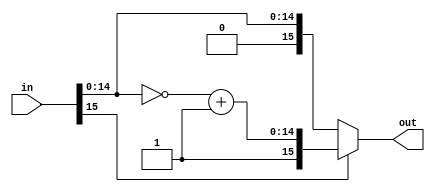
// Code your design here
`timescale 1ns/1ps
//`default_nettype none

/******************************************** twos complemement***********/

module twos_complement(in,out);
  input [15:0] in;
  output [15:0] out;
  reg signed [15:0] out;
  reg signed [14:0] y;

  always @* begin
    if(in[15]==1'b1) begin
      y = ~(in)+1'b1;
      out = {1'b1,y};
    end
    else begin
      out = in;
    end
  end

endmodule


/********************************************inverse twos complemement***********/

module inv_two(in ,out);
    input [15:0] in;
  output [15:0] out;
  wire signed [15:0] in;
  reg [14:0] y;
  reg [15:0] out;

  always @* begin
  if (in[15]==1) begin
    y = in-1;
    out = {1'b1,~y};
  end
  else begin
    out = in;
  end
  end

endmodule

/********************************************to show value in decimal value***********/
// module show_decimal_value(
//     in0_real, in0_imag, in1_real, in1_imag, in2_real, in2_imag, in3_real, in3_imag, in4_real, in4_imag, in5_real, in5_imag, in6_real, in6_imag, in7_real, in7_imag
// );
    
//     input [15:0] in0_real, in0_imag, in1_real, in1_imag, in2_real, in2_imag, in3_real, in3_imag, in4_real, in4_imag, in5_real, in5_imag, in6_real, in6_imag, in7_real, in7_imag;
//     //output [15:0] out0_real, out0_imag, out1_real, out1_imag, out2_real, out2_imag, out3_real, out3_imag, out4_real, out4_imag, out5_real, out5_imag, out6_real, out6_imag, out7_real, out7_imag;
//   reg signed [15:0] out0_real<=in0_real;
//   reg signed [15:0] out1_real<=in1_real;
//   reg signed [15:0] out2_real<=in2_real;
//   reg signed [15:0] out3_real<=in3_real; 
//   reg signed [15:0] out4_real<=in4_real;
//   reg signed [15:0] out5_real<=in5_real;
//   reg signed [15:0] out6_real<=in6_real;
//   reg signed [15:0] out7_real<=in7_real;
							 
//   reg signed [15:0] out0_imag<=in0_imag; 
//   reg signed [15:0] out1_imag<=in1_imag; 
//   reg signed [15:0] out2_imag<=in2_imag; 
//   reg signed [15:0] out3_imag<=in3_imag; 
//   reg signed [15:0] out4_imag<=in4_imag; 
//   reg signed [15:0] out5_imag<=in5_imag; 
//   reg signed [15:0] out6_imag<=in6_imag; 
//   reg signed [15:0] out7_imag<=in7_imag; 



//     initial begin
//      $display("real part =%f and imaginary part=(%f) ",out0_real*2.0**-8,out0_imag*2.0**-8);
// 	 $display("real part =%f and imaginary part=(%f) ",out1_real*2.0**-8,out1_imag*2.0**-8);
// 	 $display("real part =%f and imaginary part=(%f) ",out2_real*2.0**-8,out2_imag*2.0**-8);
// 	 $display("real part =%f and imaginary part=(%f) ",out3_real*2.0**-8,out3_imag*2.0**-8);
// 	 $display("real part =%f and imaginary part=(%f) ",out4_real*2.0**-8,out4_imag*2.0**-8);
// 	 $display("real part =%f and imaginary part=(%f) ",out5_real*2.0**-8,out5_imag*2.0**-8);
// 	 $display("real part =%f and imaginary part=(%f) ",out6_real*2.0**-8,out6_imag*2.0**-8);
// 	 $display("real part =%f and imaginary part=(%f) ",out7_real*2.0**-8,out7_imag*2.0**-8); 
//    end

// endmodule






/**************main code ***********/
module eight_point_fft(CLK, RST_N, in0_real, in0_imag, in1_real, in1_imag, in2_real, in2_imag, in3_real, in3_imag, in4_real, in4_imag, in5_real, in5_imag, in6_real, in6_imag, in7_real, in7_imag, out0_real, out0_imag, out1_real, out1_imag, out2_real, out2_imag, out3_real, out3_imag, out4_real, out4_imag, out5_real, out5_imag, out6_real, out6_imag, out7_real, out7_imag  ,write, start, ready);

input CLK, RST_N, write, start;
input [15:0] in0_real, in0_imag, in1_real, in1_imag, in2_real, in2_imag, in3_real, in3_imag, in4_real, in4_imag, in5_real, in5_imag, in6_real, in6_imag, in7_real, in7_imag;
output [15:0] out0_real, out0_imag, out1_real, out1_imag, out2_real, out2_imag, out3_real, out3_imag, out4_real, out4_imag, out5_real, out5_imag, out6_real, out6_imag, out7_real, out7_imag;
output ready;

reg ready;

wire [15:0] in0_real, in0_imag, in1_real, in1_imag, in2_real, in2_imag, in3_real, in3_imag, in4_real, in4_imag, in5_real, in5_imag, in6_real, in6_imag, in7_real, in7_imag;
reg [15:0] out0_real, out0_imag, out1_real, out1_imag, out2_real, out2_imag, out3_real, out3_imag, out4_real, out4_imag, out5_real, out5_imag, out6_real, out6_imag, out7_real, out7_imag;
wire signed [15:0] t1_r, t2_r, t3_r, t4_r, t5_r, t6_r, t7_r, t8_r, t1_i, t2_i, t3_i, t4_i, t5_i, t6_i, t7_i, t8_i;
wire signed [15:0] y1_r, y2_r, y3_r, y4_r, y5_r, y6_r, y7_r, y8_r, y1_i, y2_i, y3_i, y4_i, y5_i, y6_i, y7_i, y8_i;
wire [15:0] c1_r, c2_r, c3_r, c4_r, c5_r, c6_r, c7_r, c8_r, c1_i, c2_i, c3_i, c4_i, c5_i, c6_i, c7_i, c8_i;
reg signed [15:0] a1_r, a2_r, a3_r, a4_r, a5_r, a6_r, a7_r, a8_r, a1_i, a2_i, a3_i, a4_i, a5_i, a6_i, a7_i, a8_i;
reg signed [15:0] b1_r, b2_r, b3_r, b4_r, b5_r, b6_r, b7_r, b8_r, b1_i, b2_i, b3_i, b4_i, b5_i, b6_i, b7_i, b8_i;

twos_complement two0(in0_real,t1_r);
twos_complement two1(in1_real,t2_r);
twos_complement two2(in2_real,t3_r);
twos_complement two3(in3_real,t4_r);
twos_complement two4(in4_real,t5_r);
twos_complement two5(in5_real,t6_r);
twos_complement two6(in6_real,t7_r);
twos_complement two7(in7_real,t8_r);
twos_complement two8(in0_imag,t1_i);
twos_complement two9(in1_imag,t2_i);
twos_complement two10(in2_imag,t3_i);
twos_complement two11(in3_imag,t4_i);
twos_complement two12(in4_imag,t5_i);
twos_complement two13(in5_imag,t6_i);
twos_complement two14(in6_imag,t7_i);
twos_complement two15(in7_imag,t8_i);


/**************comment this block when you want that in two complement ***********/
inv_two invTwo0(b1_r,c1_r);
inv_two invTwo1(b2_r,c2_r);
inv_two invTwo2(b3_r,c3_r);
inv_two invTwo3(b4_r,c4_r);
inv_two invTwo4(b5_r,c5_r);
inv_two invTwo5(b6_r,c6_r);
inv_two invTwo6(b7_r,c7_r);
inv_two invTwo7(b8_r,c8_r);
inv_two invTwo8(b1_i,c1_i);
inv_two invTwo9(b2_i,c2_i);
inv_two invTwo10(b3_i,c3_i);
inv_two invTwo11(b4_i,c4_i);
inv_two invTwo12(b5_i,c5_i);
inv_two invTwo13(b6_i,c6_i);
inv_two invTwo14(b7_i,c7_i);
inv_two invTwo15(b8_i,c8_i);


// X(0) = x(1) +  x(2) + x(3) +  x(4)
// X(0) = x(1) - jx(2) + x(3) + jx(4)
// X(0) = x(1) - x(2) + x(3)  -  x(4)
// X(0) = x(1) - jx(2) + x(3) + jx(4)

//stage all real parts and imaginary added
assign y1_r = a1_r + a3_r + a5_r + a7_r;
assign y1_i = a1_i + a3_i + a5_i + a7_i;

//real part=real of first +imaginary of 2nd -real of 3rd -imaginary of 4th
//imaginary part=real part of 4th +imaginary of first -real of 2nd -imaginary of 3rd
assign y2_r = a1_r + a3_i - a5_r - a7_i;
assign y2_i = a1_i - a3_r - a5_i + a7_r;

//real part=real of first -real of 2nd +real of 3rd -real of 4th
//imaginary part=imaginary of first -imaginary of 2nd +imaginary of 3rd -imaginary of 4th
assign y3_r = a1_r - a3_r + a5_r - a7_r;
assign y3_i = a1_i - a3_i + a5_i - a7_i;


//real part=real of first -imaginary of 2nd -real of 3rd +imaginary of 4th
//imaginary part=imaginary of first +real of 2nd - imaginary of 3rd -real of 4th
assign y4_r = a1_r - a3_i - a5_r + a7_i;
assign y4_i = a1_i + a3_r - a5_i - a7_r;


///////////
//stage all real parts and imaginary added
assign y5_r = a2_r + a4_r + a6_r + a8_r;
assign y5_i = a2_i + a4_i + a6_i + a8_i;

//real part=real of first +imaginary of 2nd -real of 3rd -imaginary of 4th
//imaginary part=real part of 4th +imaginary of first -real of 2nd -imaginary of 3rd
assign y6_r = a2_r + a4_i - a6_r - a8_i;
assign y6_i = a2_i - a4_r - a6_i + a8_r;

//real part=real of first -real of 2nd +real of 3rd -real of 4th
//imaginary part=imaginary of first -imaginary of 2nd +imaginary of 3rd -imaginary of 4th
assign y7_r = a2_r - a4_r + a6_r - a8_r;
assign y7_i = a2_i - a4_i + a6_i - a8_i;


//real part=real of first -imaginary of 2nd -real of 3rd +imaginary of 4th
//imaginary part=imaginary of first +real of 2nd - imaginary of 3rd -real of 4th
assign y8_r = a2_r - a4_i - a6_r + a8_i;
assign y8_i = a2_i + a4_r - a6_i - a8_r;
// ////

always @(posedge CLK) begin
if (~RST_N) begin
        ready <= 1'b0;
end
else begin
        if (write) begin
                a1_r <= t1_r;
                a2_r <= t2_r;
                a3_r <= t3_r;
                a4_r <= t4_r;
                a5_r <= t5_r;
                a6_r <= t6_r;
                a7_r <= t7_r;
                a8_r <= t8_r;

                a1_i <= t1_i;
                a2_i <= t2_i;
                a3_i <= t3_i;
                a4_i <= t4_i;
                a5_i <= t5_i;
                a6_i <= t6_i;
                a7_i <= t7_i;
                a8_i <= t8_i;
        end

        if (start) begin
                b1_r <= y1_r + y5_r;
                b1_i <= y1_i + y5_i;

//                 b2_r <= y2_r + ((y6_r>>>1)+(y6_r>>>3)+(y6_r>>>4)+(y6_r>>>6)+(y6_r>>>8)) + ((y6_i>>>1)+(y6_i>>>3)+(y6_i>>>4)+(y6_i>>>6)+(y6_i>>>8));
//                 b2_i <= y2_i + ((y6_i>>>1)+(y6_i>>>3)+(y6_i>>>4)+(y6_i>>>6)+(y6_i>>>8)) - ((y6_r>>>1)+(y6_r>>>3)+(y6_r>>>4)+(y6_r>>>6)+(y6_r>>>8));

          
                b2_r<= y2_r +y6_r*0.707+y6_i*0.707;
                b2_i<= y2_i +y6_i*0.707-y6_r*0.707;
          
          
          
                b3_r <= y3_r + y7_i;
                b3_i <= y3_i - y7_r;

//                 b4_r <= y4_r - ((y8_r>>>1)+(y8_r>>>3)+(y8_r>>>4)+(y8_r>>>6)+(y8_r>>>8)) + ((y8_i>>>1)+(y8_i>>>3)+(y8_i>>>4)+(y8_i>>>6)+(y8_i>>>8));
//                 b4_i <= y4_i - ((y8_i>>>1)+(y8_i>>>3)+(y8_i>>>4)+(y8_i>>>6)+(y8_i>>>8)) - ((y8_r>>>1)+(y8_r>>>3)+(y8_r>>>4)+(y8_r>>>6)+(y8_r>>>8));
           b4_r <= y4_r - y8_r*0.707 +y8_i*0.707;
                b4_i <= y4_i - y8_i*0.707 - y8_r*0.707;
          
          

                b5_r <= y1_r - y5_r;
                b5_i <= y1_i - y5_i;

//                 b6_r <= y2_r - ((y6_r>>>1)+(y6_r>>>3)+(y6_r>>>4)+(y6_r>>>6)+(y6_r>>>8)) - ((y6_i>>>1)+(y6_i>>>3)+(y6_i>>>4)+(y6_i>>>6)+(y6_i>>>8));
//                 b6_i <= y2_i - ((y6_i>>>1)+(y6_i>>>3)+(y6_i>>>4)+(y6_i>>>6)+(y6_i>>>8)) + ((y6_r>>>1)+(y6_r>>>3)+(y6_r>>>4)+(y6_r>>>6)+(y6_r>>>8));
          
          b6_r <= y2_r - y6_r*0.707 - y6_i*0.707;
                b6_i <= y2_i - y6_i*0.707 + y6_r*0.707;

                b7_r <= y3_r - y7_i;
                b7_i <= y3_i + y7_r;

//                 b8_r <= y4_r + ((y8_r>>>1)+(y8_r>>>3)+(y8_r>>>4)+(y8_r>>>6)+(y8_r>>>8)) - ((y8_i>>>1)+(y8_i>>>3)+(y8_i>>>4)+(y8_i>>>6)+(y8_i>>>8));
//                 b8_i <= y4_i + ((y8_i>>>1)+(y8_i>>>3)+(y8_i>>>4)+(y8_i>>>6)+(y8_i>>>8)) + ((y8_r>>>1)+(y8_r>>>3)+(y8_r>>>4)+(y8_r>>>6)+(y8_r>>>8));
           b8_r <= y4_r + y8_r*0.707 - y8_i*0.707;
                b8_i <= y4_i + y8_i*0.707 + y8_r*0.707;

//uncomment for usual sign bit notations  and comment when you want in twos complement form for decimal conversion
                out0_real = c1_r;
                out0_imag = c1_i;
                out1_real = c2_r;
                out1_imag = c2_i;
                out2_real = c3_r;
                out2_imag = c3_i;
                out3_real = c4_r;
                out3_imag = c4_i;
                out4_real = c5_r;
                out4_imag = c5_i;
                out5_real = c6_r;
                out5_imag = c6_i;
                out6_real = c7_r;
                out6_imag = c7_i;
                out7_real = c8_r;
                out7_imag = c8_i;

////uncomment  for getting result in two complment form to convert into decimal form and comment when for usual sign bit notations
                // out0_real = b1_r;
                // out0_imag = b1_i;
                // out1_real = b2_r;
                // out1_imag = b2_i;
                // out2_real = b3_r;
                // out2_imag = b3_i;
                // out3_real = b4_r;
                // out3_imag = b4_i;
                // out4_real = b5_r;
                // out4_imag = b5_i;
                // out5_real = b6_r;
                // out5_imag = b6_i;
                // out6_real = b7_r;
                // out6_imag = b7_i;
                // out7_real = b8_r;
                // out7_imag = b8_i;  



                ready = 1'b1;
        end
end
end
endmodule





/***********************************test bench starting ****************************************/

`timescale 1ns/1ps

module eight_point_fft_tb;

        reg clk, rst_n, start, write;
        reg [15:0] IN0_real, IN0_imag,IN1_real, IN1_imag, IN2_real, IN2_imag, IN3_real, IN3_imag, IN4_real, IN4_imag, IN5_real, IN5_imag, IN6_real, IN6_imag, IN7_real, IN7_imag;
        wire signed [15:0] OUT0_real, OUT0_imag,OUT1_real, OUT1_imag, OUT2_real, OUT2_imag, OUT3_real, OUT3_imag, OUT4_real, OUT4_imag, OUT5_real, OUT5_imag, OUT6_real, OUT6_imag, OUT7_real, OUT7_imag;
        wire ready;

        eight_point_fft u_DUT(.CLK(clk), .RST_N(rst_n),
    .in0_real(IN0_real),.in0_imag(IN0_imag), .in1_real(IN1_real), .in1_imag(IN1_imag), .in2_real(IN2_real), .in2_imag(IN2_imag), .in3_real(IN3_real), .in3_imag(IN3_imag), .in4_real(IN4_real), .in4_imag(IN4_imag), .in5_real(IN5_real), .in5_imag(IN5_imag), .in6_real(IN6_real), .in6_imag(IN6_imag), .in7_real(IN7_real), .in7_imag(IN7_imag),
    .out0_real(OUT0_real),.out0_imag(OUT0_imag),.out1_real(OUT1_real), .out1_imag(OUT1_imag), .out2_real(OUT2_real), .out2_imag(OUT2_imag), .out3_real(OUT3_real), .out3_imag(OUT3_imag), .out4_real(OUT4_real), .out4_imag(OUT4_imag), .out5_real(OUT5_real), .out5_imag(OUT5_imag), .out6_real(OUT6_real), .out6_imag(OUT6_imag), .out7_real(OUT7_real), .out7_imag(OUT7_imag),
    .write(write), .start(start), .ready(ready));

	initial begin

                //1st sample 0,1,2,3,4,5,6,7
		IN0_real <= 16'b0000000000000000;
		IN0_imag <= 16'b0000000000000000;
		IN1_real <= 16'b0000000100000000;
		IN1_imag <= 16'b0000000000000000;
		IN2_real <= 16'b0000001000000000;
		IN2_imag <= 16'b0000000000000000;
		IN3_real <= 16'b0000001100000000;
		IN3_imag <= 16'b0000000000000000;
		IN4_real <= 16'b0000010000000000;
		IN4_imag <= 16'b0000000000000000;
		IN5_real <= 16'b0000010100000000;
		IN5_imag <= 16'b0000000000000000;
		IN6_real <= 16'b0000011000000000;
		IN6_imag <= 16'b0000000000000000;
		IN7_real <= 16'b0000011100000000;
		IN7_imag <= 16'b0000000000000000;
	
        //2nd input sample 1,2,3,4,5,6,7,8
           	// IN0_real <= 16'b0000000100000000;
		// IN0_imag <= 16'b0000000000000000;
		// IN1_real <= 16'b0000001000000000;
		// IN1_imag <= 16'b0000000000000000;
		// IN2_real <= 16'b0000001100000000;
		// IN2_imag <= 16'b0000000000000000;
		// IN3_real <= 16'b0000010000000000;
		// IN3_imag <= 16'b0000000000000000;
		// IN4_real <= 16'b0000010100000000;
		// IN4_imag <= 16'b0000000000000000;
		// IN5_real <= 16'b0000011000000000;
		// IN5_imag <= 16'b0000000000000000;
		// IN6_real <= 16'b0000011100000000;
		// IN6_imag <= 16'b0000000000000000;
		// IN7_real <= 16'b0000100000000000;
		// IN7_imag <= 16'b0000000000000000;
        //3rd input sample 1+1j,2+2j,3+3j,4+4j,5+5j,6+6J,7+7J,8+8J
//            	IN0_real <= 16'b0000000100000000;
// 		IN0_imag <= 16'b0000000100000000;
// 		IN1_real <= 16'b0000001000000000;
// 		IN1_imag <= 16'b0000001000000000;
// 		IN2_real <= 16'b0000001100000000;
// 		IN2_imag <= 16'b0000001100000000;
// 		IN3_real <= 16'b0000010000000000;
// 		IN3_imag <= 16'b0000010000000000;
// 		IN4_real <= 16'b0000010100000000;
// 		IN4_imag <= 16'b0000010100000000;
// 		IN5_real <= 16'b0000011000000000;
// 		IN5_imag <= 16'b0000011000000000;
// 		IN6_real <= 16'b0000011100000000;
// 		IN6_imag <= 16'b0000011100000000;
// 		IN7_real <= 16'b0000100000000000;
// 		IN7_imag <= 16'b0000100000000000;


                clk = 0;

                rst_n = 1;
                #20
                rst_n = 0;
                #15 rst_n = 1;
                write = 1'b1;
//              $display("%d",write);

                #5 write = 1'b0;
                #10 start = 1'b1;
//              #5 start = 0;
                #110000 $finish;
        end
        always begin
                #5 clk = ~clk;
        end

        initial begin
                $dumpfile("eight_point_fft_tb_direct_multiply.vcd");
                $dumpvars(0, u_DUT);
                $monitor("Time: %t \n out0_real = %b , out0_imag = %b \n out1_real = %b , out1_imag = %b \n out2_real = %b , out2_imag = %b \n out3_real = %b , out3_imag = %b \n out4_real = %b , out4_imag = %b \n out5_real = %b , out5_imag = %b \n out6_real = %b , out6_imag = %b \n out7_real = %b , out7_imag = %b \n ready = %b ", $time,OUT0_real,OUT0_imag, OUT1_real, OUT1_imag, OUT2_real, OUT2_imag, OUT3_real, OUT3_imag, OUT4_real, OUT4_imag, OUT5_real, OUT5_imag, OUT6_real, OUT6_imag, OUT7_real, OUT7_imag, ready);
        end

endmodule